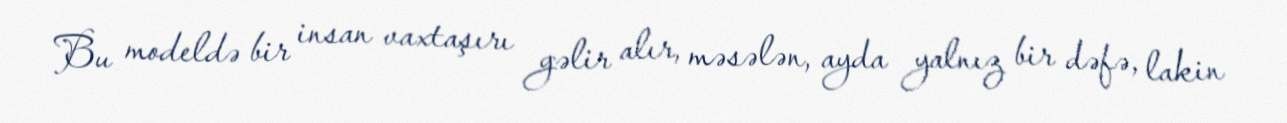
Bu modeldə bir insan vaxtaşırı gəlir alır, məsələn, ayda yalnız bir dəfə, lakin